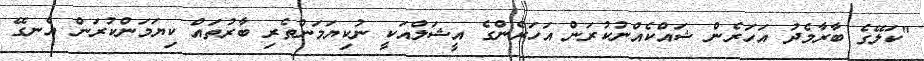
"ކަލޭގެ ބާރާމެދު އަހަރެން ޝައްކެއްނުކުރަން އަހަރެންގެ އީޝަލްއަކީ ނުކިޔަމަންތެރި ބާރުތައް ކިޔަމަންކުރަން އެނގޭ